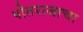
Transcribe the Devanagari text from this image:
पोतराजाचा